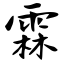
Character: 霖